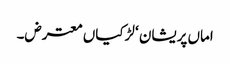
اماں پریشان ‘ لڑکیاں معترض۔